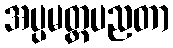
အပ္ပမတ္တပညတာ